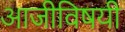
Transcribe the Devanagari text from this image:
आजीविषयी